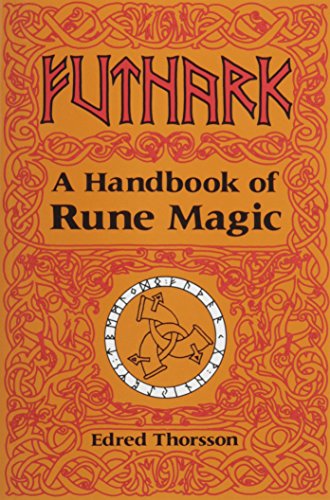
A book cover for Futhark: A Handbook of Rune Magic; Edred Thorsson; Religion & Spirituality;